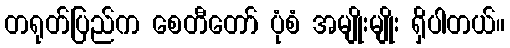
တရုတ်ပြည်က စေတီတော် ပုံစံ အမျိုးမျိုး ရှိပါတယ်။